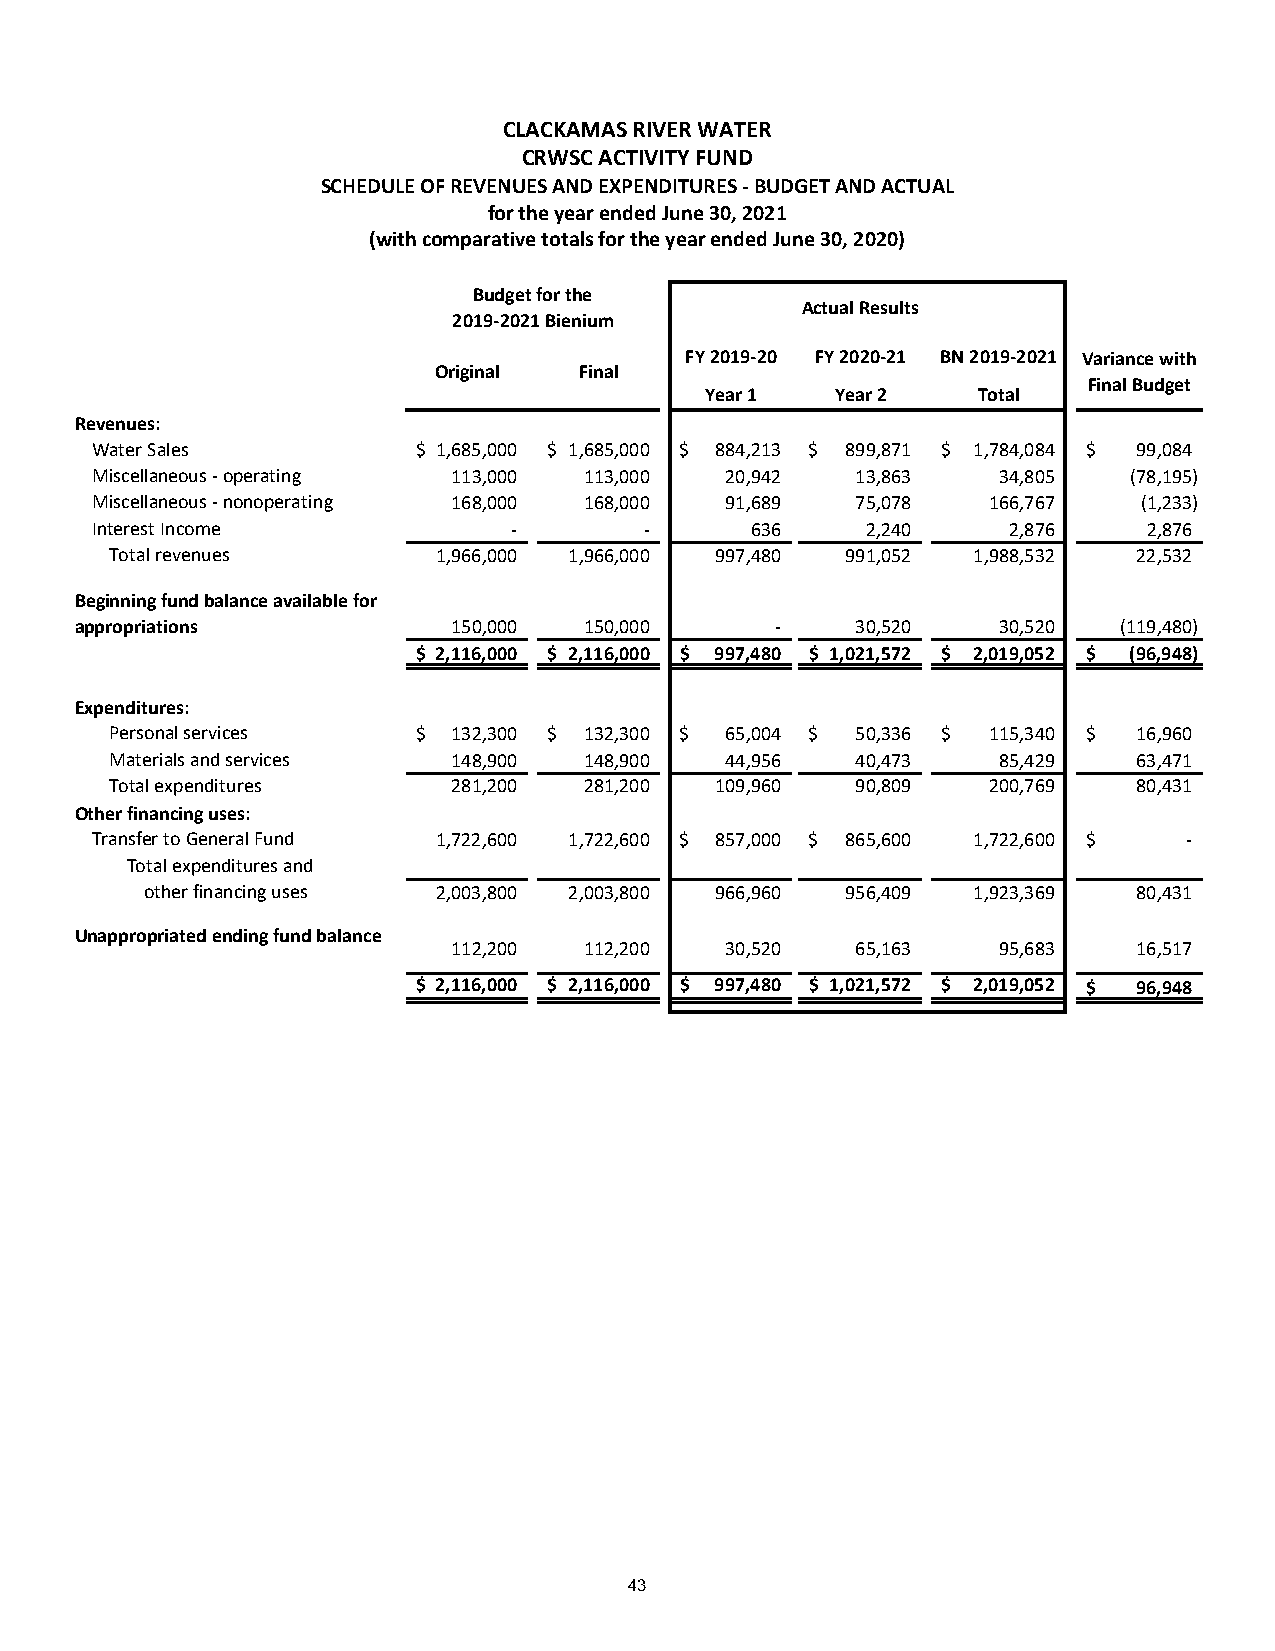
CLACKAMAS RIVER WATER
 CRWSC ACTIVITY FUND
 SCHEDULE OF REVENUES AND EXPENDITURES - BUDGET AND ACTUAL
 for the year ended June 30, 2021
 (with comparative totals for the year ended June 30, 2020)
 Budget for the
 Actual Results
 2019-2021 Bienium
 FY 2019-20 FY 2020-21 BN 2019-2021 Variance with
 Original Final
 Final Budget
 Year 1  Year 2    Total
 Revenues:
 Water Sales           $ 1,685,000 $ 1,685,000 $ 884,213 $ 8 99,871 $ 1 ,784,084 $ 9 9,084
 Miscellaneous - operating 1 13,000 113,000 20,942  13,863   3 4,805  ( 78,195)
 Miscellaneous - nonoperating 1 68,000 168,000 91,689 75,078 166,767   (1,233)
 Interest Income             -        -      6 36   2,240     2,876    2,876
 Total revenues        1,966,000 1,966,000 9 97,480 991,052 1,988,532 22,532
 Beginning fund balance available for
 appropriations           1 50,000 150,000     -     30,520   30,520  (119,480)
 $ 2 ,116,000 $ 2,116,000 $ 997,480 $ 1,021,572 $ 2,019,052 $ (96,948)
 Expenditures:
 Personal services    $ 132,300 $ 1 32,300 $ 6 5,004 $ 50,336 $ 115,340 $ 1 6,960
 Materials and services 1 48,900 148,900  44,956   40,473   8 5,429  63,471
 Total expenditures     2 81,200 281,200 1 09,960  90,809  200,769   80,431
 Other financing uses:
 Transfer to General Fund 1,722,600 1,722,600 $ 857,000 $ 8 65,600 1,722,600 $ -
 Total expenditures and
 other financing uses 2,003,800 2,003,800 9 66,960 956,409 1,923,369 80,431
 Unappropriated ending fund balance
 1 12,200 112,200  30,520   65,163   9 5,683  16,517
 $ 2 ,116,000 $ 2,116,000 $ 997,480 $ 1,021,572 $ 2,019,052 $ 96,948
 43